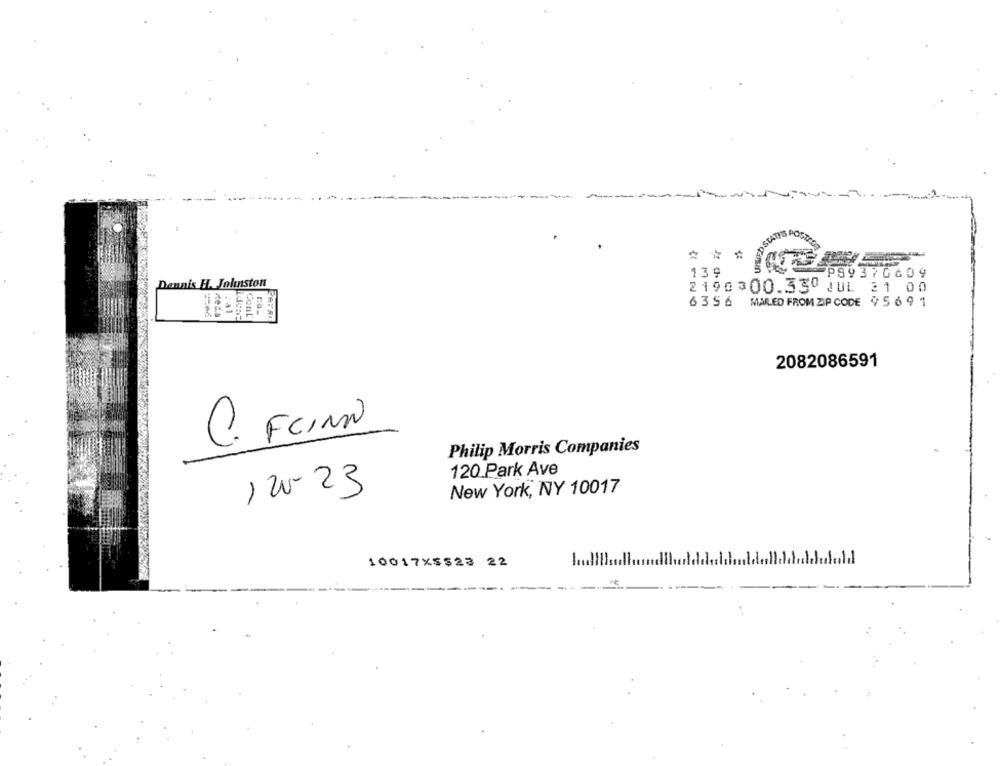
OSTATYS
139
P99376609
Dennis H. Johnston
2190100.33 JUL 21 00
6356 MAILED FROM ZIP CODE 9 5 6 9 1
: 41
ConL
2082086591
C. FCINN
Philip Morris Companies
120 Park Ave
New York, NY 10017
1 20- 23
10017X5523 22